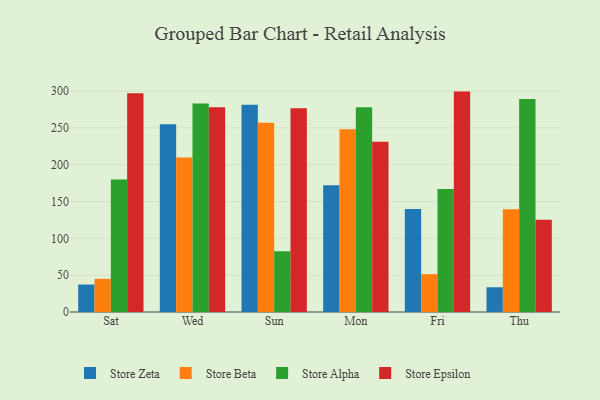
{"axis": {"x": "Day", "y": "Production Output"}, "legend": ["Store Alpha", "Store Beta", "Store Epsilon", "Store Zeta"], "data": [{"x": "Sat", "y": 37.3, "type": "Store Zeta"}, {"x": "Sat", "y": 45.0, "type": "Store Beta"}, {"x": "Sat", "y": 180.1, "type": "Store Alpha"}, {"x": "Sat", "y": 296.9, "type": "Store Epsilon"}, {"x": "Wed", "y": 254.9, "type": "Store Zeta"}, {"x": "Wed", "y": 209.8, "type": "Store Beta"}, {"x": "Wed", "y": 283.2, "type": "Store Alpha"}, {"x": "Wed", "y": 278.1, "type": "Store Epsilon"}, {"x": "Sun", "y": 281.6, "type": "Store Zeta"}, {"x": "Sun", "y": 256.9, "type": "Store Beta"}, {"x": "Sun", "y": 82.4, "type": "Store Alpha"}, {"x": "Sun", "y": 276.8, "type": "Store Epsilon"}, {"x": "Mon", "y": 172.0, "type": "Store Zeta"}, {"x": "Mon", "y": 248.1, "type": "Store Beta"}, {"x": "Mon", "y": 278.2, "type": "Store Alpha"}, {"x": "Mon", "y": 231.3, "type": "Store Epsilon"}, {"x": "Fri", "y": 139.9, "type": "Store Zeta"}, {"x": "Fri", "y": 51.4, "type": "Store Beta"}, {"x": "Fri", "y": 167.1, "type": "Store Alpha"}, {"x": "Fri", "y": 299.3, "type": "Store Epsilon"}, {"x": "Thu", "y": 33.6, "type": "Store Zeta"}, {"x": "Thu", "y": 139.7, "type": "Store Beta"}, {"x": "Thu", "y": 289.3, "type": "Store Alpha"}, {"x": "Thu", "y": 125.2, "type": "Store Epsilon"}]}